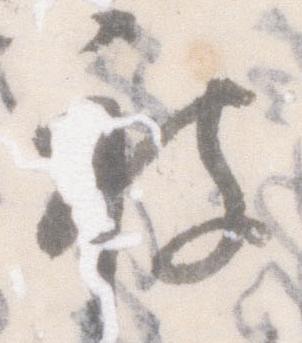
被